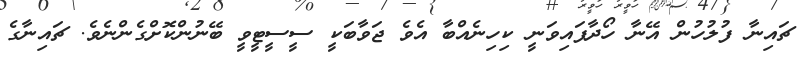
ޗައިނާ ފުލުުހުން އޭނާ ހޯދާފައިވަނީ ކިހިނެއްބާ އެވެ ޖަވާބަކީ ސީސީޓީވީ ބޭނުންކޮށްގެންނެވެ. ޗައިނާގެ